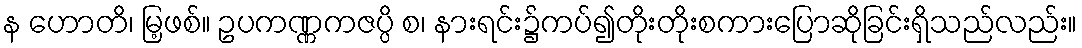
န ဟောတိ၊ မြ့ဖစ်။ ဥပကဏ္ဏကဇပ္ပိ စ၊ နားရင်း၌ကပ်၍တိုးတိုးစကားပြောဆိုခြင်းရှိသည်လည်း။